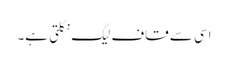
اسی سے قاف لیگ نکلتی ہے۔